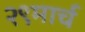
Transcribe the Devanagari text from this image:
२९मार्च